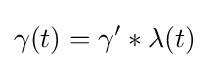
\gamma (t)=\gamma '\ast \lambda (t)